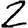
Digit: 2